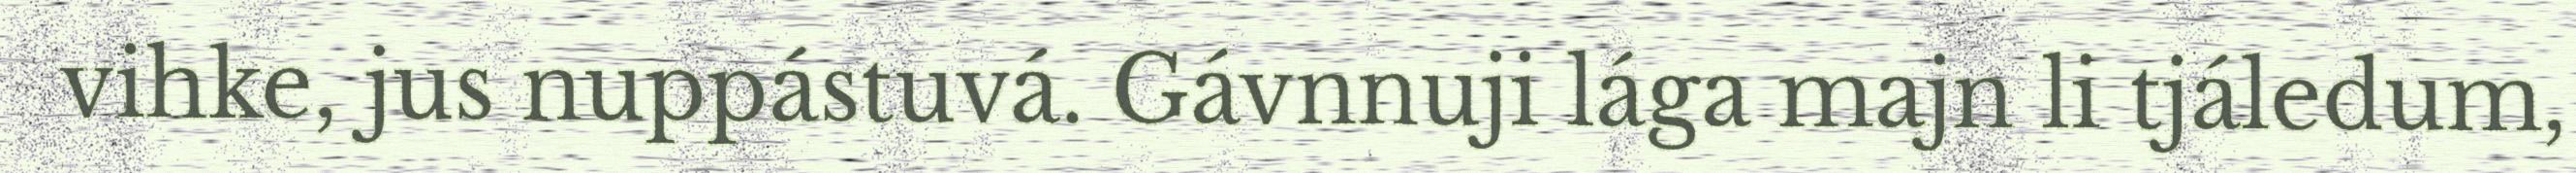
vihke, jus nuppástuvá. Gávnnuji lága majn li tjáledum,